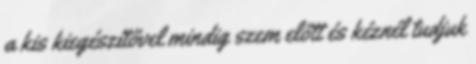
a kis kiegészítővel mindig szem előtt és kéznél tudjuk